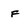
Character: F